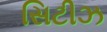
સિટીઝ